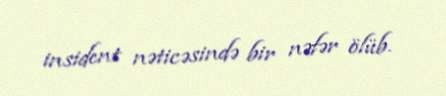
insident nəticəsində bir nəfər ölüb.